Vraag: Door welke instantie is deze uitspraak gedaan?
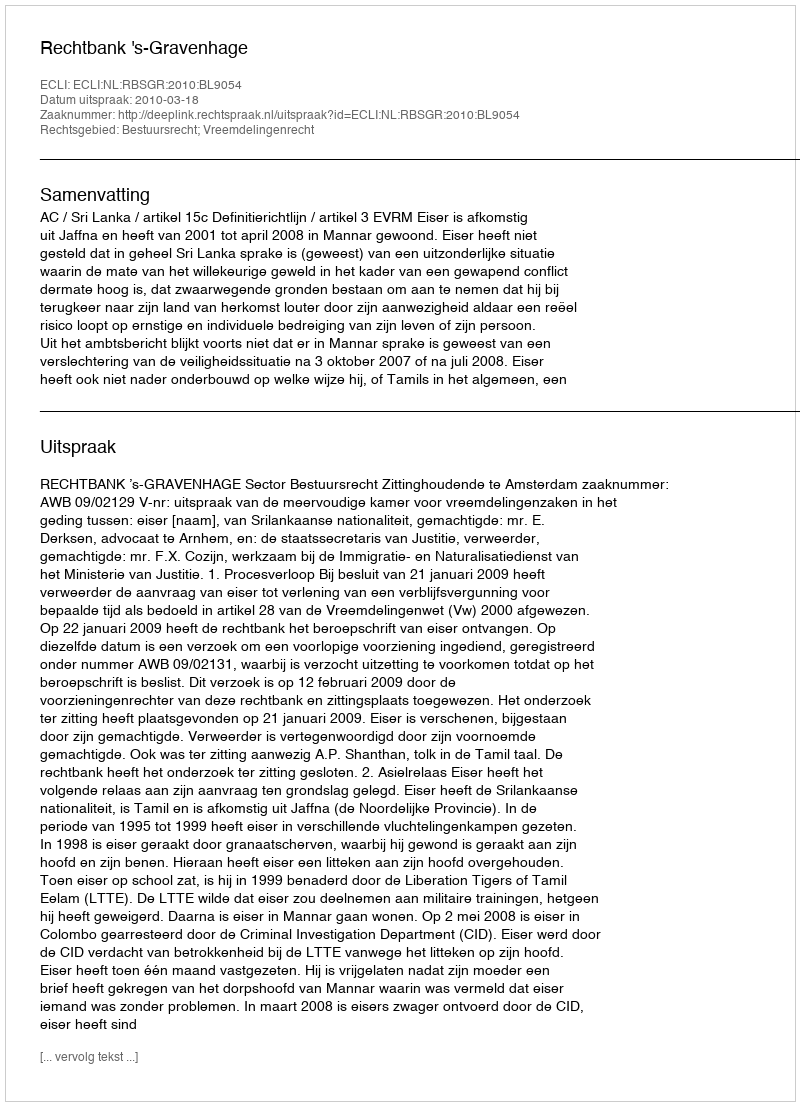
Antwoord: Rechtbank 's-Gravenhage